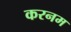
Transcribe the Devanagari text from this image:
करनम